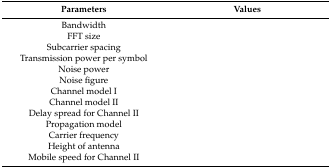
<table><thead><tr><td><b>Parameters</b></td><td><b>Values</b></td></tr></thead><tbody><tr><td>Bandwidth</td><td>[EMPTY_CELL]</td></tr><tr><td>FFT size</td><td>[EMPTY_CELL]</td></tr><tr><td>Subcarrier spacing</td><td>[EMPTY_CELL]</td></tr><tr><td>Transmission power per symbol</td><td>[EMPTY_CELL]</td></tr><tr><td>Noise power</td><td>[EMPTY_CELL]</td></tr><tr><td>Noise figure</td><td>[EMPTY_CELL]</td></tr><tr><td>Channel model I</td><td>[EMPTY_CELL]</td></tr><tr><td>Channel model II</td><td>[EMPTY_CELL]</td></tr><tr><td>Delay spread for Channel II</td><td>[EMPTY_CELL]</td></tr><tr><td>Propagation model</td><td>[EMPTY_CELL]</td></tr><tr><td>Carrier frequency</td><td>[EMPTY_CELL]</td></tr><tr><td>Height of antenna</td><td>[EMPTY_CELL]</td></tr><tr><td>Mobile speed for Channel II</td><td>[EMPTY_CELL]</td></tr></tbody></table>